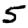
Digit: 5